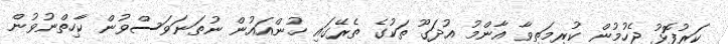
ކަރުފޮޅު ޖެހުމުން ކުރިމަތިވާ އާންމު އުދަގޫ ތަކުގެ ތެރޭގައި ހުންއައުން ނުތަނަވަސްވުން ކާހިތްނުވުން